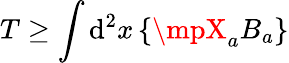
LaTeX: T\geq\int\mathrm{d}^{2}x\left\{ \mpX_{a}B_{a}\right\}